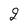
Character: 2